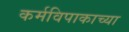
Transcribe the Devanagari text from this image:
कर्मविपाकाच्या